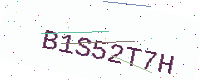
Text: B1S52T7H